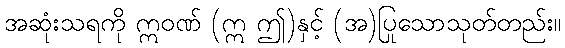
အဆုံးသရကို ဣဝဏ် (ဣ ဤ)နှင့် (အ)ပြုသောသုတ်တည်း။